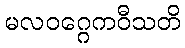
မလဝဂ္ဂေကဝီသတိ